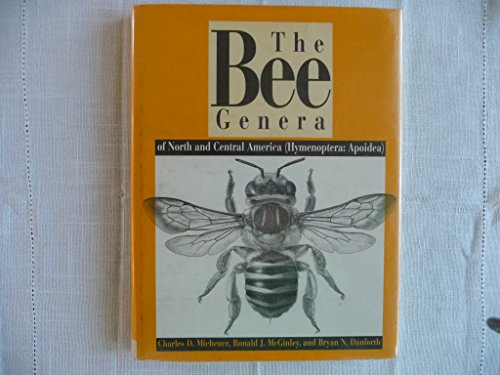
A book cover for The Bee Genera of North and Central America (Hymenoptera:Apoidea); Charles D. Michener; Sports & Outdoors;